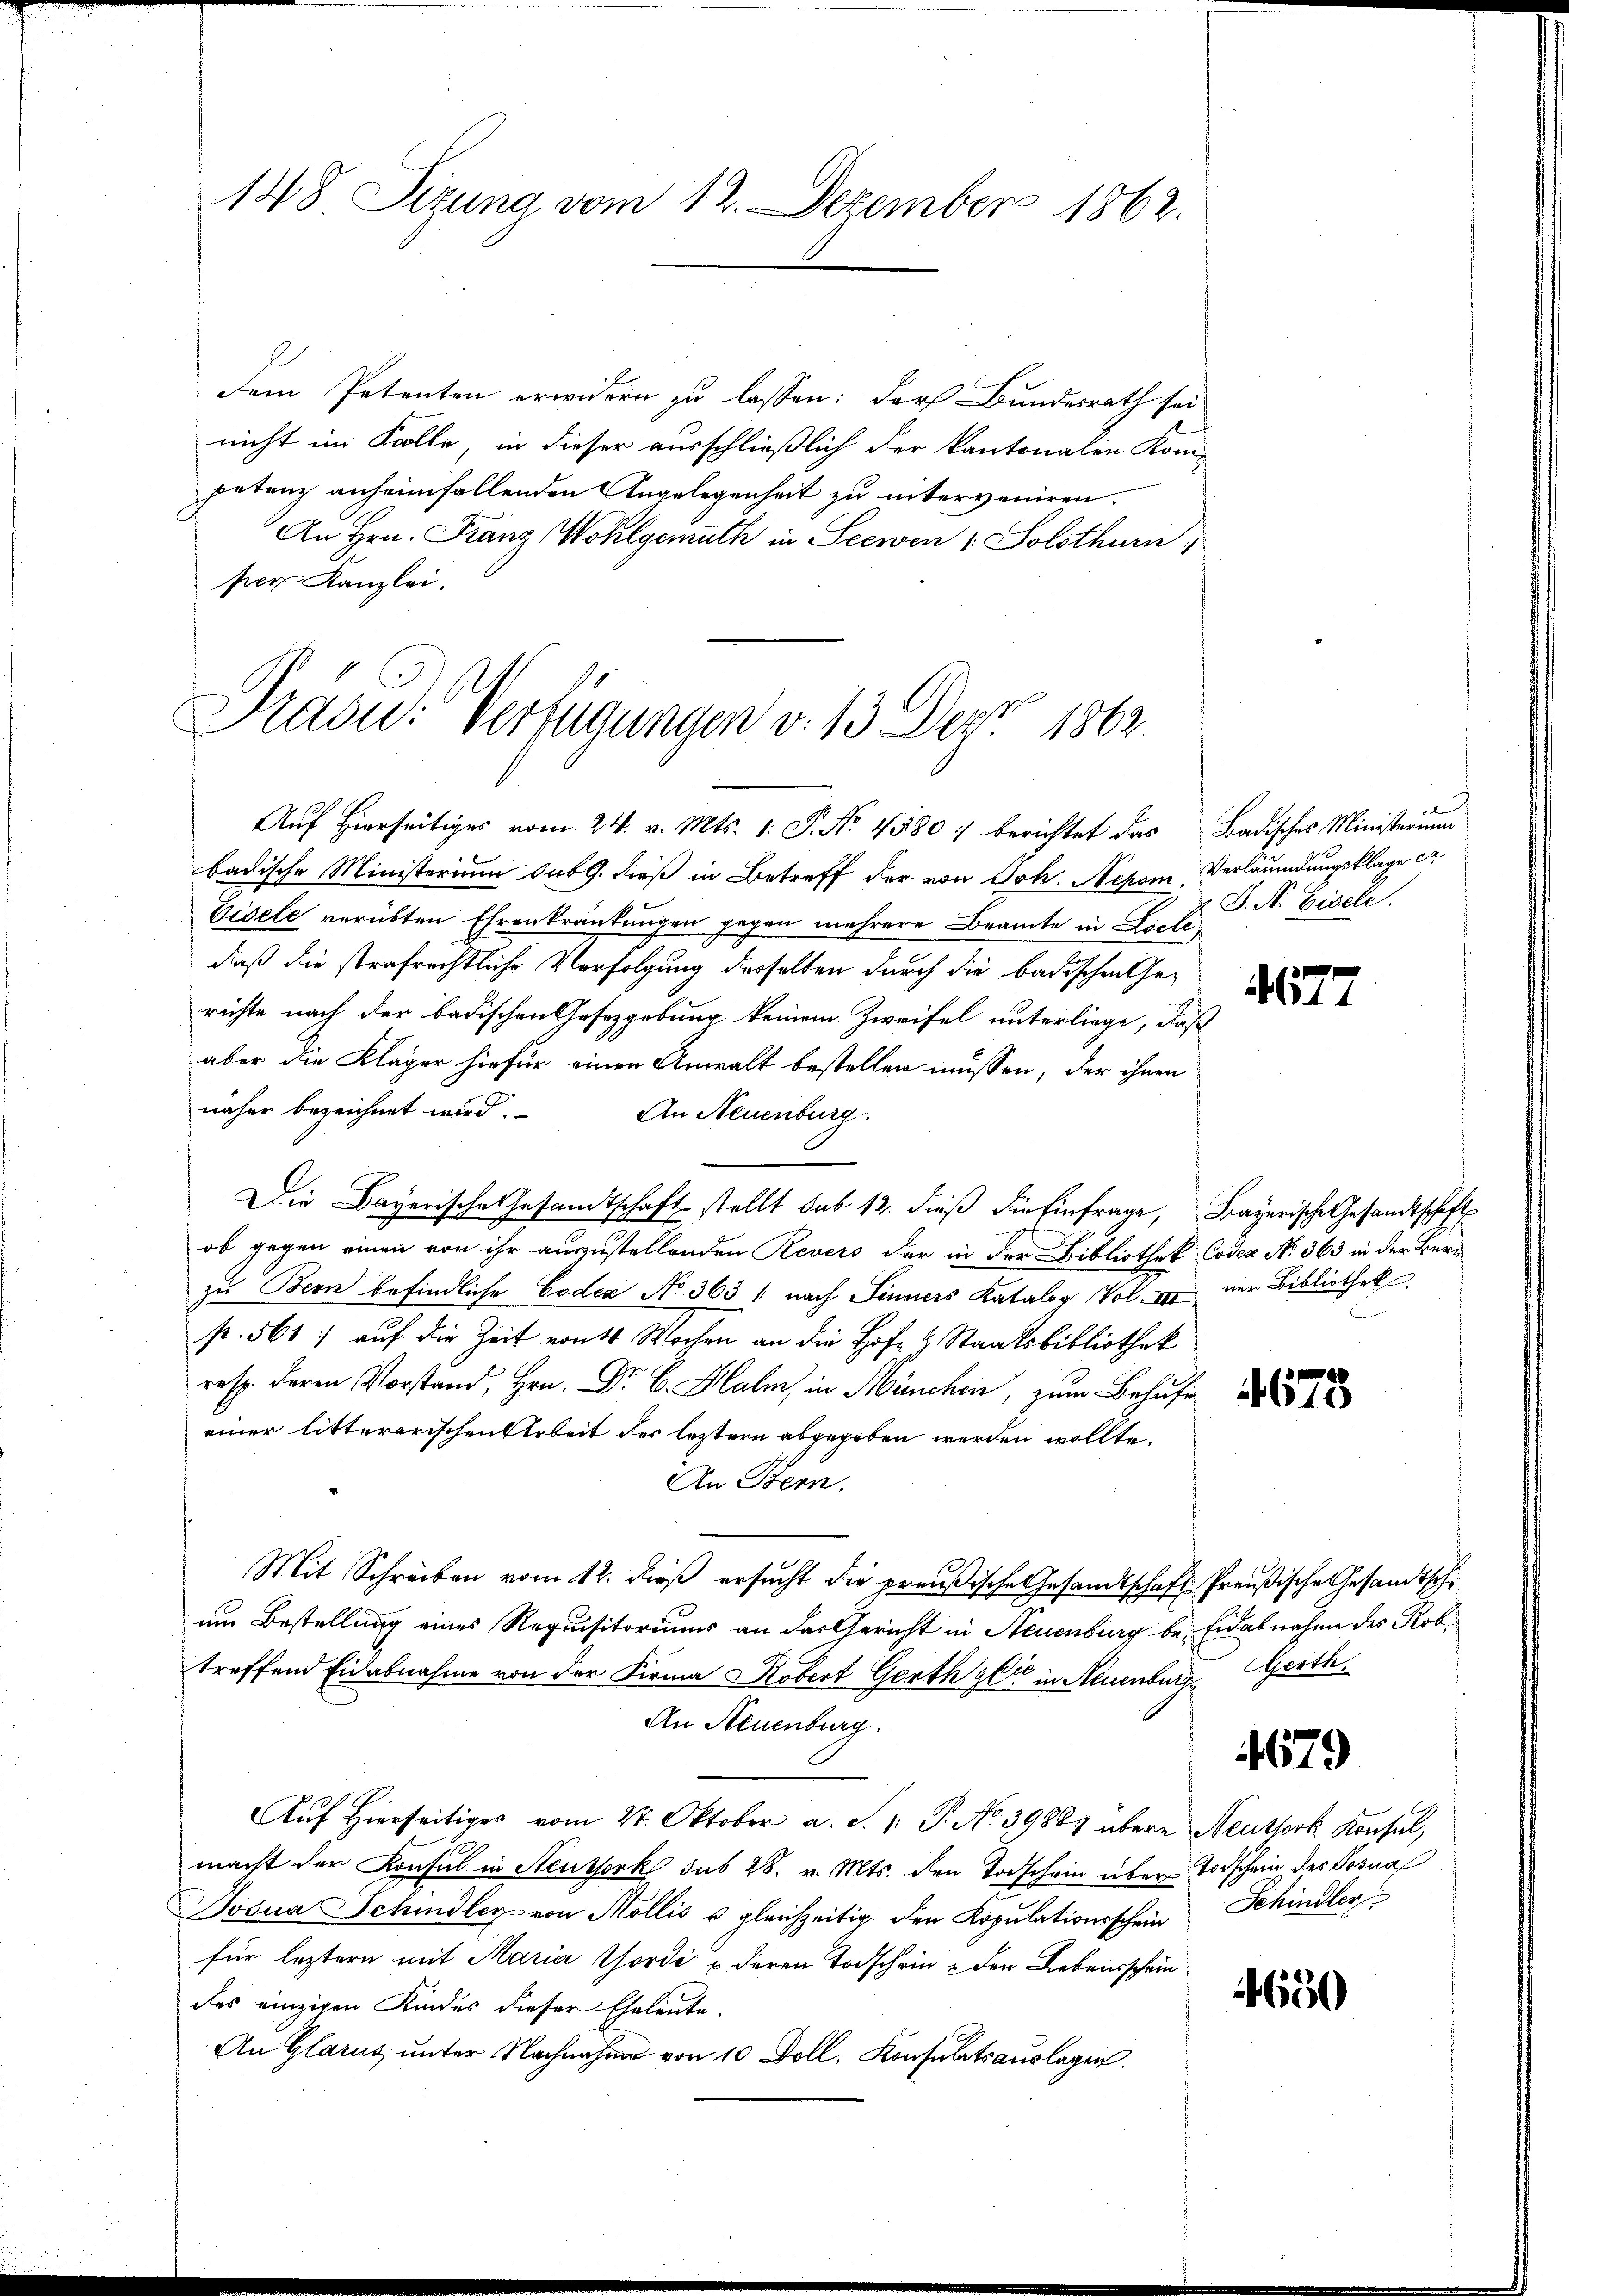
148 Sizung vom 12. Dezember 1862.

Dem Petenten erwidern zu lassen: der Bundesrath sei
nicht im Folle, in dieser ausschließlich der kantonalen Kom-
petenz anheimfallenden Angelegenheit zu interveniren.
An Hrn. Franz Wohlgemuth in Seewen ( Solothurn,
per Kanzlei.

Präsid. Verfügungen v. 13. Derz 1862.

D. S. Eisele.

Auf hierseitiges vom 24. v. Mts. 1. P. No 4580: berichtet das Badisches Ministerium
badische Ministerium sub 9. dieß in Betreff der von Joh. Rezen Verläumdungsklage e
Visele verübten Ehrenkrankungen gegen mehrere Beamte in Loche,
daß die strafrechtliche Verfolgung desselben durch die badischen Ge-
richte nach der badischen Gesetzgebung keinem Zweifel unterliege, daß
aber die Kläger hiefür einen Anwalt bestellen müssen, der ihnen
näher bezeichnet wird.
An Neuenburg.
Die Bayerische Gesandtschaft stellt sub 12. dieß die Einfrage, Bayerische Gesandtschaft
ob gegen einen von ihr auszustellenden Revers der in der Bibliothek Codex No 363 in der Beri
zu Bern befindliche Codea No. 363 1 nach Sinners Katalog Vol. III nur Bibliothek
p. 561) auf die Zeit von Wochen an die Hof- & Staatsbibliothek
r den Votan. Dr. Hain München, zum Beh
einer litterarischen Arbeit der letztern abgegeben werden wollte.
An Bern.
Mit Schreiben vom 12. dieß ersucht die preußische Gesandtschaft Preußische Gesandtsch
um Bestellung eines Requisitoriums an das Gericht in Neuenburg be-Eidabnahme des Rob.
treffend Eidabnahme von der Firma Robert Gerth sie in Neuenburg Gerth
An Neuenburg.
Auf Hierseitiges vom 27. Oktober a. S. 1. P. No 39885 übere Neussork Konsul,
macht der Konsul in Neuthork sub 28. v. Mts. den Todschein über Todschein des Posna
Josua Schindler von Mollis u gleichzeitig den Kopŭlationsschein Schindler
für leztern mit Maria Thordi & deren Todschein & den Lebensschein
des einzigen Kindes dieser Eheleute.
An Glarus unter Nachnahme von 10 Doll. Konsulatsauslagen.

477

4679

4650